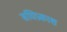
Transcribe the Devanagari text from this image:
संधिप्रकाश